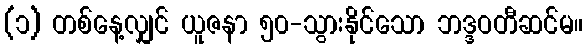
(၁) တစ်နေ့လျှင် ယူဇနာ ၅၀-သွားနိုင်သော ဘဒ္ဒဝတီဆင်မ။